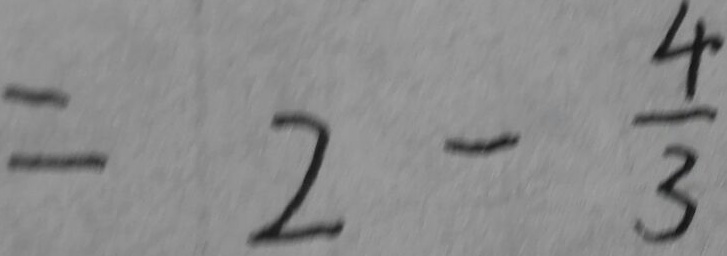
= 2 - \frac { 4 } { 3 }